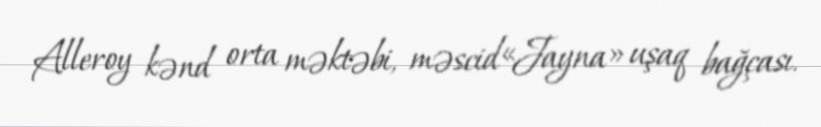
Alleroy kənd orta məktəbi, məscid«Jayna» uşaq bağçası.